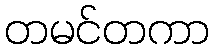
တမင်တကာ